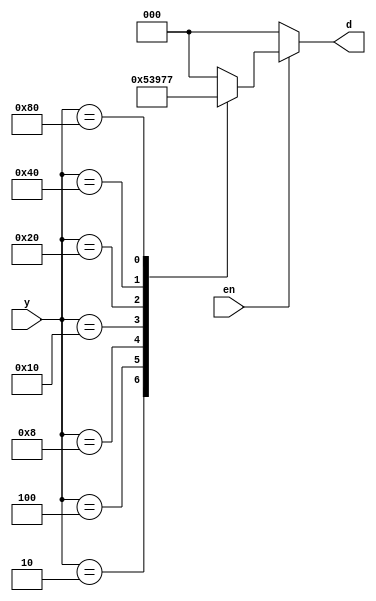
module encoder_8to3(y,en,d);

input [0:7]y;
input en;
output [0:2]d;
reg [0:2]d;



always @(y or en)
begin
	if (en)
	begin
	d = 3'd0;
	case(y)
		8'b0000_0001: d=3'd0;
		8'b0000_0010: d=3'd1;
		8'b0000_0100: d=3'd2;
		8'b0000_1000: d=3'd3;
		8'b0001_0000: d=3'd4;
		8'b0010_0000: d=3'd5;
		8'b0100_0000: d=3'd6;
		8'b1000_0000: d=3'd7;
		default: d=3'd0;
		endcase
	end
else
d=3'd0;
end
endmodule